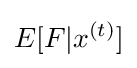
E[F|x^{(t)}]